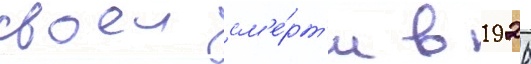
своеи см'е́рт'и в 1926